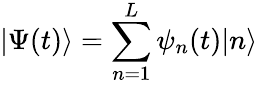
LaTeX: |\Psi(t)\rangle=\sum_{n=1}^{L}\psi_{n}(t)|n\rangle